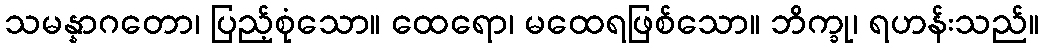
သမန္နာဂတော၊ ပြည့်စုံသော။ ထေရော၊ မထေရဖြစ်သော။ ဘိက္ခု၊ ရဟန်းသည်။